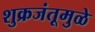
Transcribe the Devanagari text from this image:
शुक्रजंतूमुळे